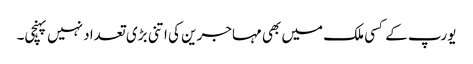
یورپ کے کسی ملک میں بھی مہاجرین کی اتنی بڑی تعداد نہیں پہنچی۔